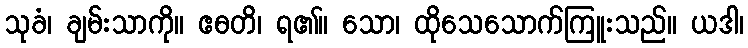
သုခံ၊ ချမ်းသာကို။ ဧဓတိ၊ ရ၏။ သော၊ ထိုသေသောက်ကြူးသည်။ ယဒါ၊